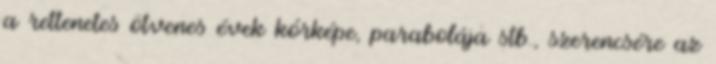
a rettenetes ötvenes évek kórképe, parabolája stb., szerencsére az